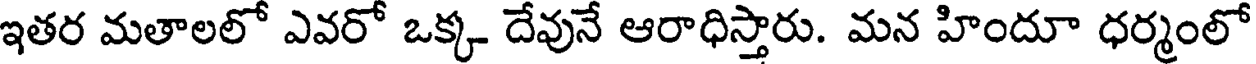
ఇతర మతాలలో ఎవరో ఒక్క దేవునే ఆరాధిస్తారు. మన హిందూ ధర్మంలో